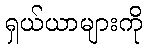
ရှယ်ယာများကို